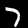
Digit: 7